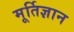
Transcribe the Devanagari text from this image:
मूर्तिज्ञान